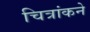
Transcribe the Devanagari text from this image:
चित्रांकने